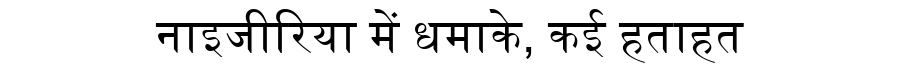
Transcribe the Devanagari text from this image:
नाइजीरिया में धमाके, कई हताहत